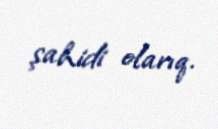
şahidi olarıq.